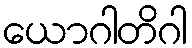
ယောဂါတိဂါ